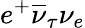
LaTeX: e^{+}\overline{{\nu}}_{\tau}\nu_{e}